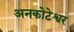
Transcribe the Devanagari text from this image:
अनकोटेश्वर